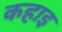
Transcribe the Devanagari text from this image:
कहाइ